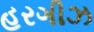
હરગીઝ